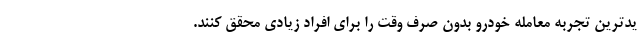
یدترین تجربه معامله خودرو بدون صرف وقت را برای افراد زیادی محقق کنند.